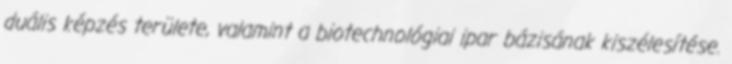
duális képzés területe, valamint a biotechnológiai ipar bázisának kiszélesítése.